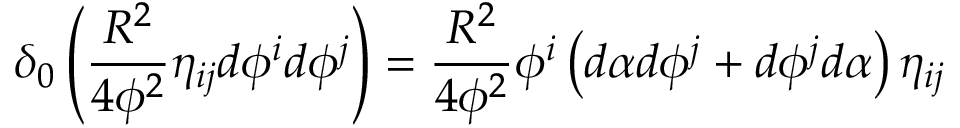
\delta _ { 0 } \left( \frac { R ^ { 2 } } { 4 \phi ^ { 2 } } \eta _ { i j } d \phi ^ { i } d \phi ^ { j } \right) = \frac { R ^ { 2 } } { 4 \phi ^ { 2 } } \phi ^ { i } \left( d \alpha d \phi ^ { j } + d \phi ^ { j } d \alpha \right) \eta _ { i j }